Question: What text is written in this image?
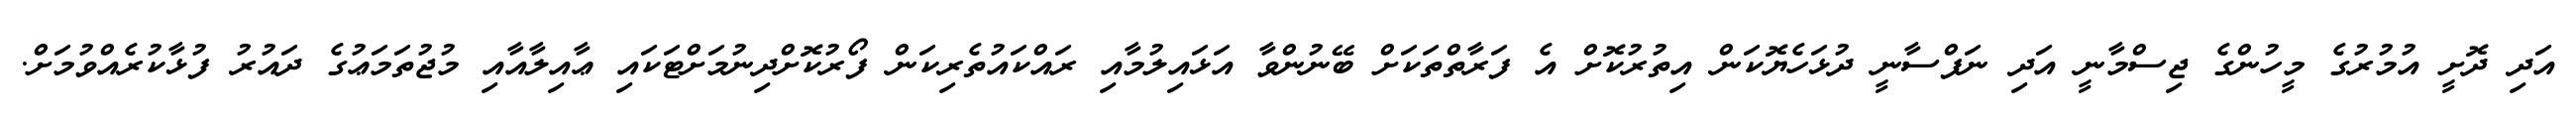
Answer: އަދި ދޮށީ އުމުރުގެ މީހުންގެ ޖިސްމާނީ އަދި ނަފްސާނީ ދުޅަހެޔޮކަން އިތުރުކޮށް އެ ފަރާތްތަކަށް ބޭނުންވާ އަޅައިލުމާއި ރައްކައުތެރިކަން ފޯރުކޮށްދިނުމަށްޓަކައި ޢާއިލާއާއި މުޖުތަމަޢުގެ ދައުރު ފުޅާކުރެއްވުމަށް.